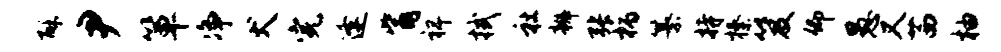
酥尹箪净犬完逢觜裨拭社辫张柄纂持榛笈仰愚又茜柚